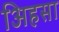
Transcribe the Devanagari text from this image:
अिहसा